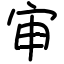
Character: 审